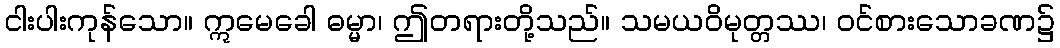
ငါးပါးကုန်သော။ ဣမေခေါ ဓမ္မာ၊ ဤတရားတို့သည်။ သမယဝိမုတ္တဿ၊ ဝင်စားသောခဏ၌